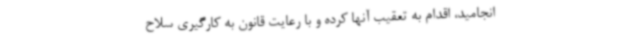
انجامید، اقدام به تعقیب آنها کرده و با رعایت قانون به کارگیری سلاح